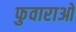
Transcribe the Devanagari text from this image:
फुवाराओ